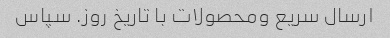
ارسال سریع ومحصولات با تاریخ روز. سپاس